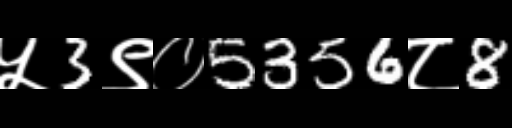
Text: ५3९०5356८8